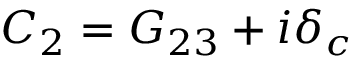
{ C _ { 2 } } = { G _ { 2 3 } } + i { \delta _ { c } }